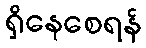
ရှိနေစေရန်